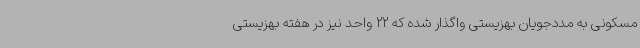
مسکونی به مددجویان بهزیستی واگذار شده که 22 واحد نیز در هفته بهزیستی